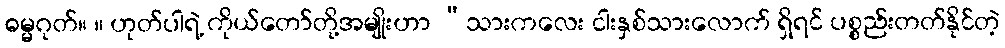
ဓမ္မဂုတ်။ ။ ဟုတ်ပါရဲ့ ကိုယ်တော်တို့အမျိုးဟာ “သားကလေး ငါးနှစ်သားလောက် ရှိရင် ပစ္စည်းတတ်နိုင်တဲ့